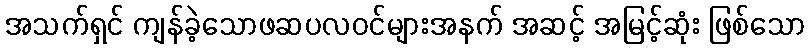
အသက်ရှင် ကျန်ခဲ့သောဖဆပလဝင်များအနက် အဆင့် အမြင့်ဆုံး ဖြစ်သော